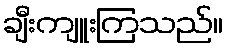
ချီးကျူးကြသည်။